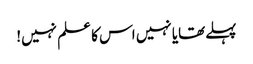
پہلےتھایا نہیں اس کا علم نہیں!